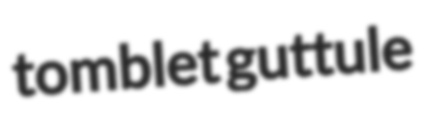
tomblet guttule